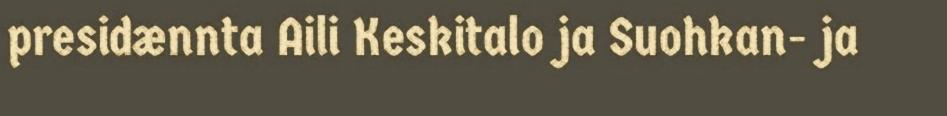
presidænnta Aili Keskitalo ja Suohkan- ja